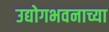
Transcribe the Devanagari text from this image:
उद्योगभवनाच्या